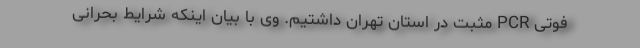
فوتی PCR مثبت در استان تهران داشتیم. وی با بیان اینکه شرایط بحرانی